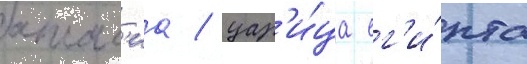
атал'иа / цар'и́ца ег'и́пта